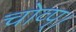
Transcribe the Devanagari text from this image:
चोव्प्।